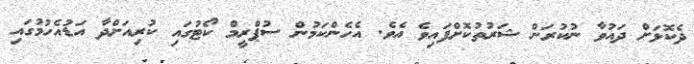
ދެކޮޅަށް ދައުވާ ނުކުރަން ޝަރުތުކޮށްފައިވެ އެވެ. އެހެންކަމުން ސުޕްރީމް ކޯޓުގައި ކުރިއަށްދާ އަޑުއެހުމުގައި